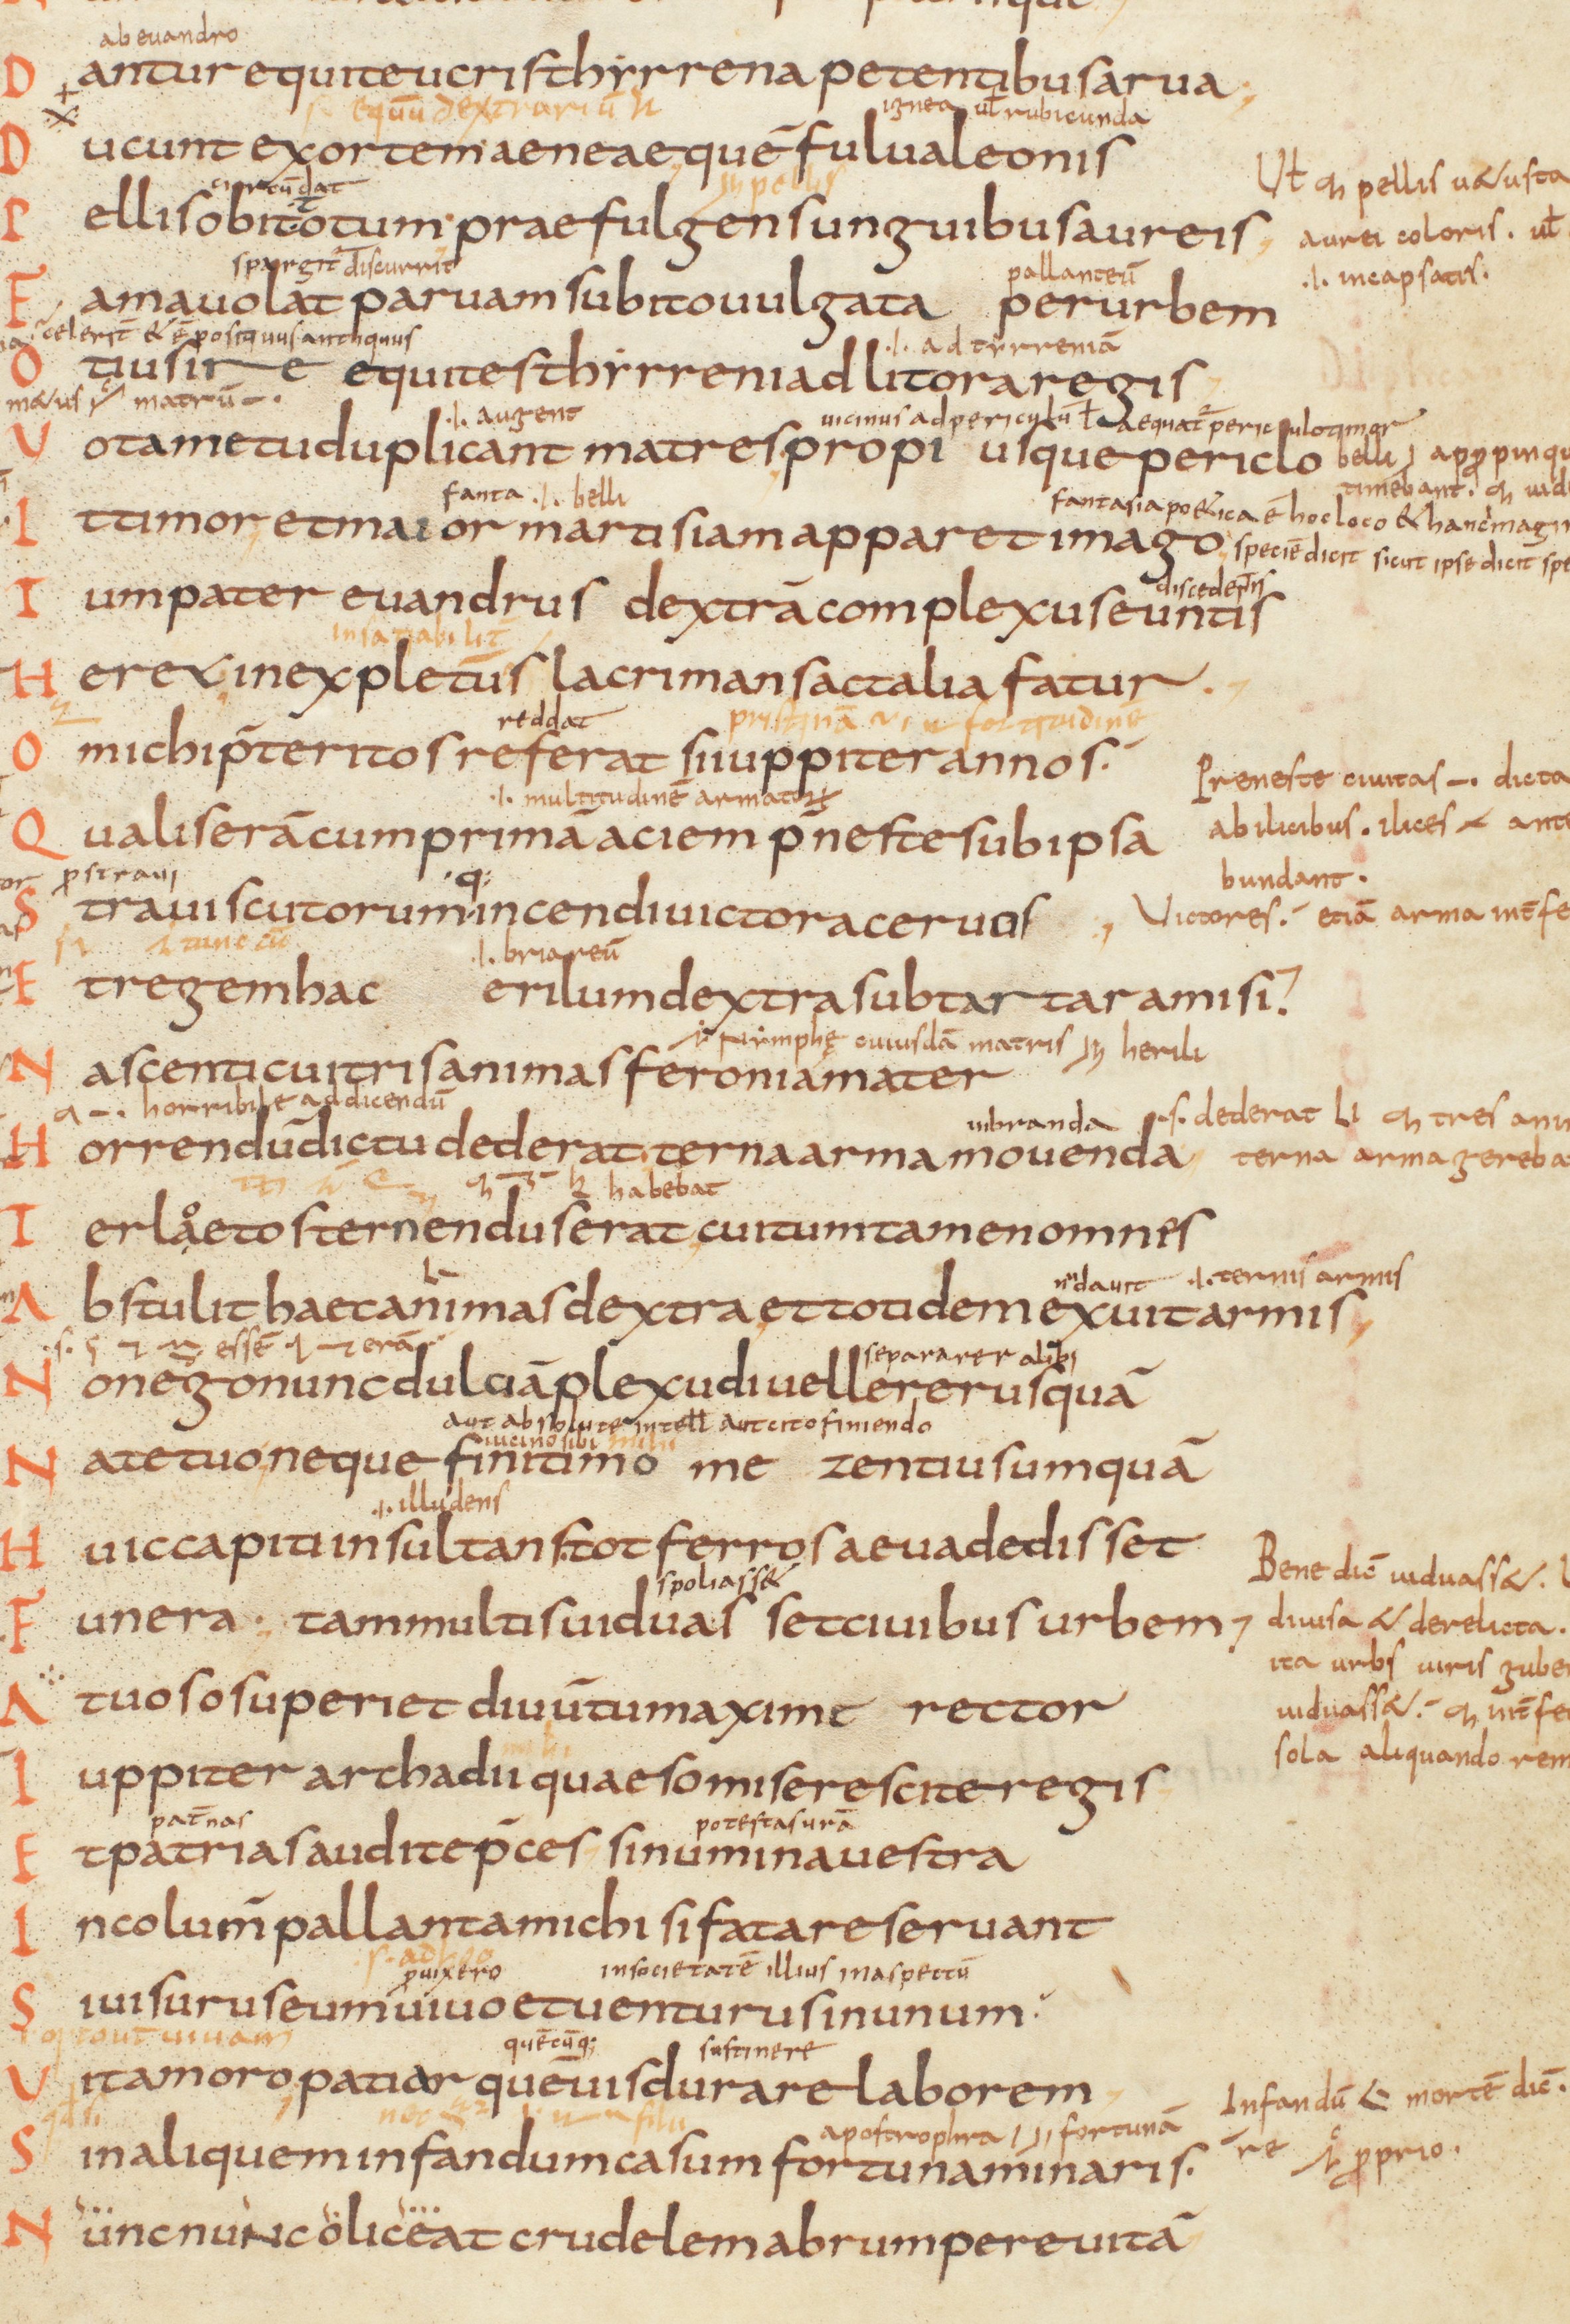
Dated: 825–849